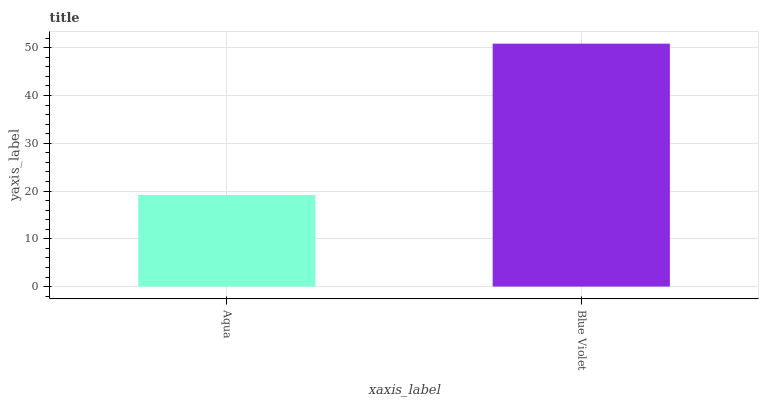
| xaxis_label | bars |
 | --- | --- |
 | Aqua | 19.2 |
 | Blue Violet | 50.9 |